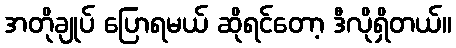
အတိုချုပ် ပြောရမယ် ဆိုရင်တော့ ဒီလိုရှိတယ်။